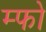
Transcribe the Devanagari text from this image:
म्फो